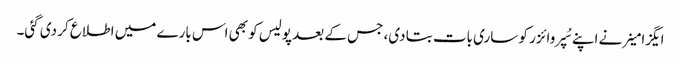
ایگزامینر نے اپنے سُپروائزر کو ساری بات بتا دی، جس کے بعد پولیس کو بھی اس بارے میں اطلاع کر دی گئی۔